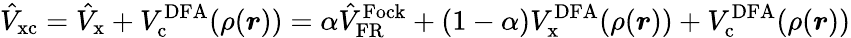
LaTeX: \hat{V}_{\mathrm{xc}}=\hat{V}_{\mathrm{x}}+V_{\mathrm{c}}^{\mathrm{DFA}}(\rho(\boldsymbol{r}))=\alpha\hat{V}_{\mathrm{FR}}^{\mathrm{Fock}}+(1-\alpha)V_{\mathrm{x}}^{\mathrm{DFA}}(\rho(\boldsymbol{r}))+V_{\mathrm{c}}^{\mathrm{DFA}}(\rho(\boldsymbol{r}))